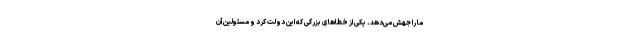
ما را جهش می‌دهد. یکی از خطاهای بزرگی که این دولت کرد و مسئولین آن